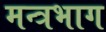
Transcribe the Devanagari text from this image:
मन्त्रभाग